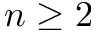
n \ge 2